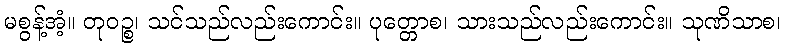
မစွန့်အံ့။ တုဝဉ္စ၊ သင်သည်လည်းကောင်း။ ပုတ္တောစ၊ သားသည်လည်းကောင်း။ သုဏိသာစ၊